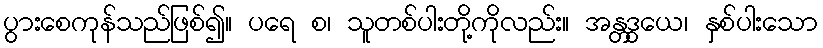
ပွားစေကုန်သည်ဖြစ်၍။ ပရေ စ၊ သူတစ်ပါးတို့ကိုလည်း။ အန္တဒွယေ၊ နှစ်ပါးသော